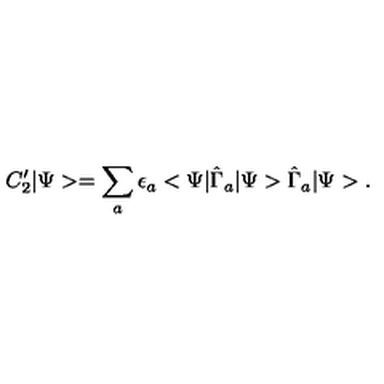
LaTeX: C _ { 2 } ^ { \prime } | \Psi > = \sum _ { a } \epsilon _ { a } < \Psi | \hat { \Gamma } _ { a } | \Psi > \hat { \Gamma } _ { a } | \Psi > .